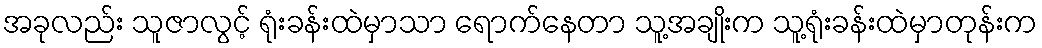
အခုလည်း သူဇာလွင့် ရုံးခန်းထဲမှာသာ ရောက်နေတာ သူ့အချိုးက သူ့ရုံးခန်းထဲမှာတုန်းက